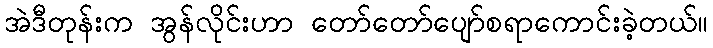
အဲဒီတုန်းက အွန်လိုင်းဟာ တော်တော်ပျော်စရာကောင်းခဲ့တယ်။